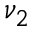
\nu _ { 2 }